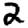
Digit: 2